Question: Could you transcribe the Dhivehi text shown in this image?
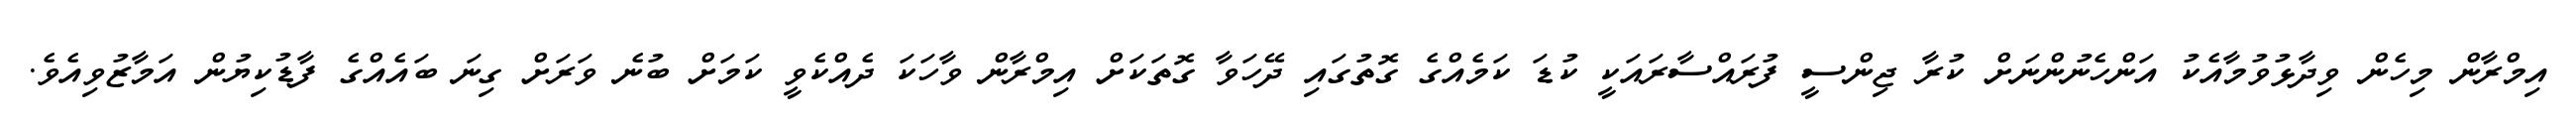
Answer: އިމްރާން މިހެން ވިދާޅުވުމާއެކު އަންހެނުންނަށް ކުރާ ޖިންސީ ފުރައްސާރައަކީ ކުޑަ ކަމެއްގެ ގޮތުގައި ދޭހަވާ ގޮތަކަށް އިމްރާން ވާހަކަ ދެއްކެވީ ކަމަށް ބުނެ ވަރަށް ގިނަ ބައެއްގެ ފާޑުކިޔުން އަމާޒުވިއެވެ.